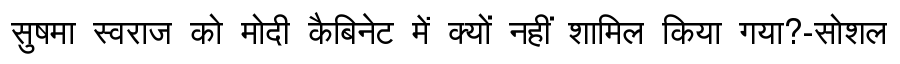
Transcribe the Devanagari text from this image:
सुषमा स्वराज को मोदी कैबिनेट में क्यों नहीं शामिल किया गया?-सोशल